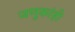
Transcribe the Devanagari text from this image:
जणूकांही